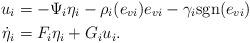
LaTeX: \begin{align*}u_i&=-\Psi_i\eta_i-\rho_i(e_{vi})e_{vi}-\gamma_i {\rm sgn}(e_{vi})\\\dot{\eta}_i&=F_i\eta_i+G_iu_i.\end{align*}